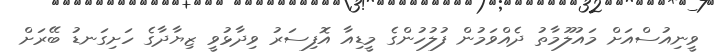
ވީނިއުސްއަށް މައުލޫމާތު ދެއްވަމުން ފުލުހުންގެ މީޑިއާ އޮފިސަރު ވިދާޅުވީ ޒިޔާދާގެ ހަށިގަނޑު ބޭރަށް